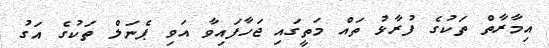
އިމާރާތް ތަކުގެ ފުރާޅު ތައް މަތީގައި ޖަހާފައިވާ އަވި ޕެނަލް ތަކުގެ އަގު